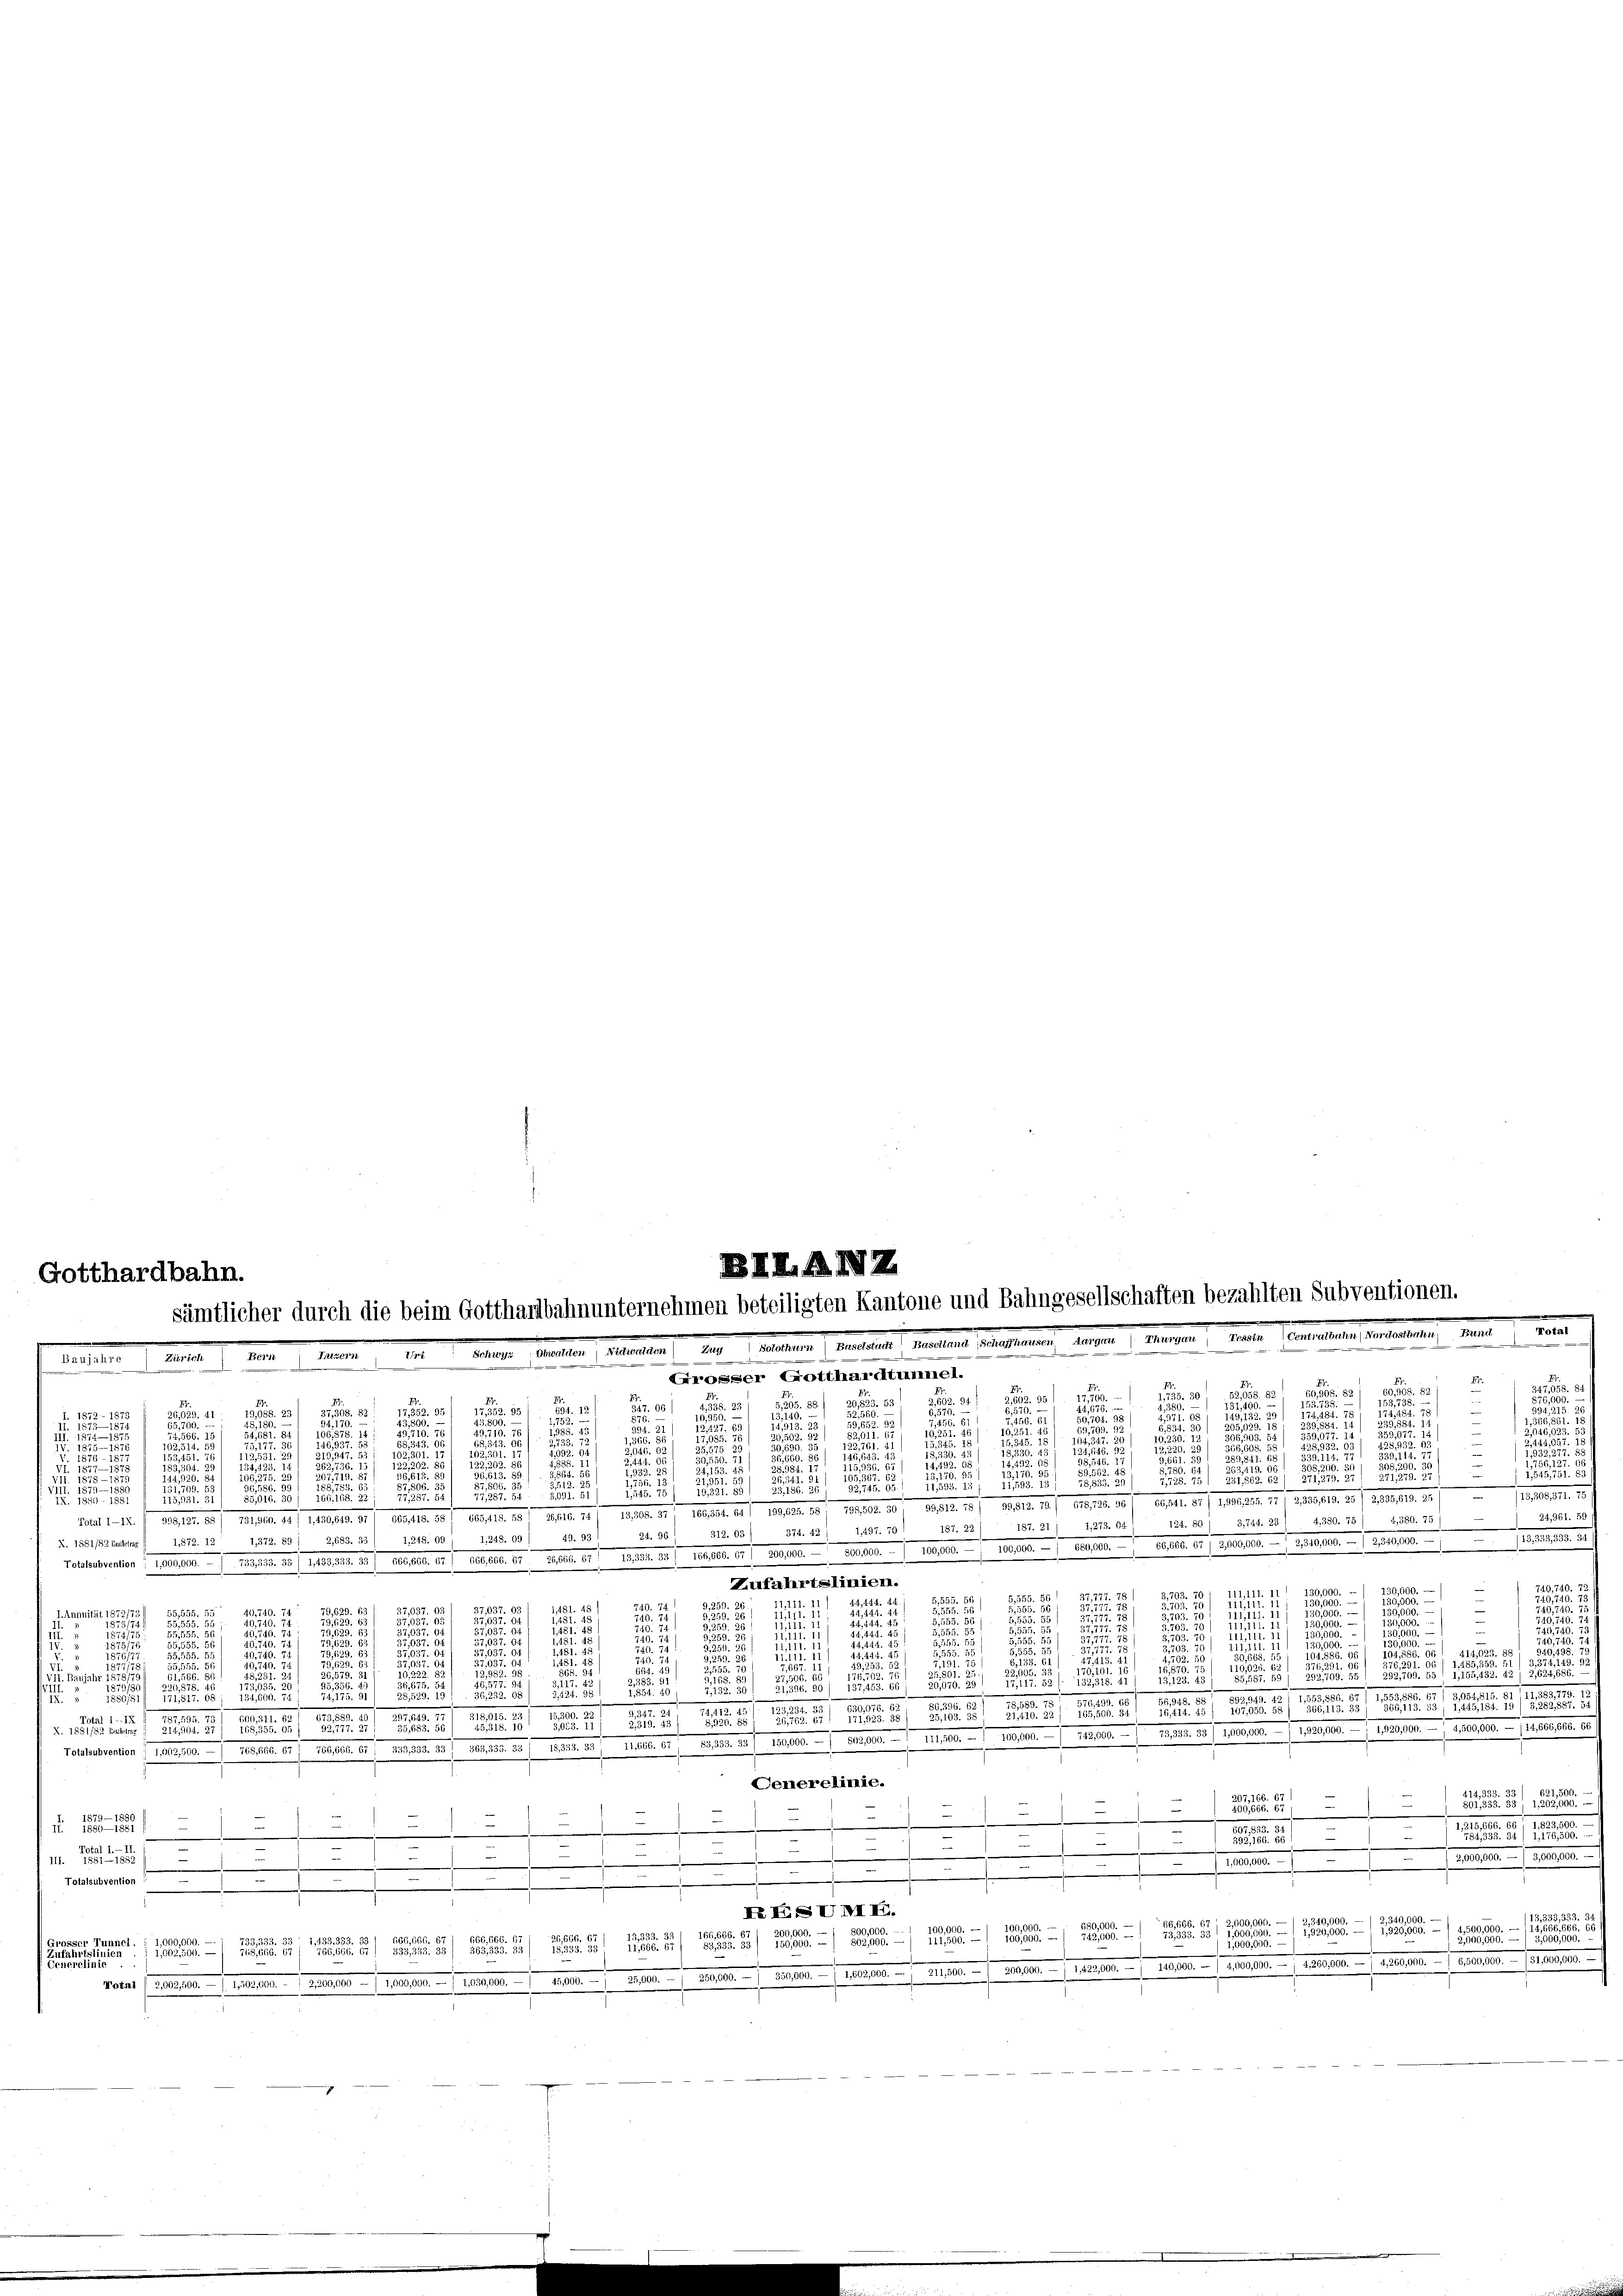
Gotthardbahn.
r
Bauiahre

8
I.
8
3
a
2,662.
u
72 - 1873
. 801. Ju
u
.

.
 2.

652.
.

i
A 182
.
n

.

d

2
u

u

,
u

.
i
d
87. 86.

1.11. 51/ 1890 Al. 17. Mai l. 81. 310. 10. 19.
 10. 10. 10.
 8. 151 18
dat. 20./1. 1810. 1891. 18
I 11.
15. 10. 19
. 85. 11. 2. 1810. d. 1. 101. 38. 10.
Total 1-12. 198.
4. 330. 75)
L.27. 241 lit. 88) 3744. 25)
.22) 187. 21
497. 701
18
374. 421
317. 33
1,248. 09 : 1,248. 09 / 49. 931 24. 96.
Malges. 11/
1,872. 12 1,372. 89 /
2,683. 33
Z. 1581/82 festertrag
690. 1806. 7. 1806.                             208. 64 f. 290. 409 - 1890. 489 n 1. 1940 90. 1
2,683. 14.
Mater . . 1810. 12. d. d. d. d. 8. 1810. 65
3
Toutenrechter, 10000. d. J. M. 1801. 1910.
Zufahrtslinien.
111,111. J
793.
f. 555. 56
44, 444. 44.

11111. 11)
u
1481. 48
37137.
d
27,037. 03)
1872/7
40.740. 74

I. Annuit:
n
u

u
d

d
.
u

u

.
.

.
.
e

u

2
.
u
n
1
2
u

2

22
s
ujahr
u

u

u

.
2
0
2

u

5
d
a

u
d

u
8000
51
2
33

S. 21

2
.
2.10. 11. 10. 10. 1910. 111 1890. 1940 90. 1000. – Aber 1890. 15.
133505
1000. 1
100.
51. 51. 83. 505. 23. 10. d. 7. Mart. 85 Al. 2. Febr. 15. 1000. v. 1. Sept.
rottetenten Jahr 180. 118.
Generelinie.
33) 6
20
u
1

.
¬
e
1
0

1

d

e
.
r
11. Se
202. 15000.
d

.

Totalsubvention
—
XX IISUNIX.
2.
.
601.
a
100

100

6,666.

66. 6
0

1

1
1
e
.
2101. 1. 1800. v. 7. 12.1901 (1400. v. 1. M. h. a. f. 10. 10.   Mad.   Mlle. 2. 1. 1900 - 7. 199 r. a. 1. 100 Fr. 1 des aber 1889.
.
5.11.1901 n 1. 1809. 17. 1814.
veter fester. . . . . . 1890.

BILANZ
sämtlicher durch die beim Gotthardbahnunternehmen beteiligten Kantone und Bahngesellschaften bezahlten Subventione
.
.
Zürich Bern: Luzern, Uri Schwyz ; Obwalden Nidwalden) Zug, Solothurn) Baselstadt Baselland Schaffhausen, Aargau (Thurgau, Tessin Centratbahn) Nordostbahn, Bund Total
enen seinen

Fr.
2
290. 53

u

d
i
.
.
u
.

4,359. 731 24,961. 59)

0,000. —
.
.
u
4,623. 88

de 181. 82.
.
1
1

i

.